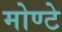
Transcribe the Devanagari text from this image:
मोण्टे